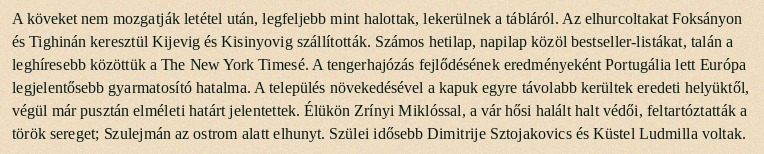
A köveket nem mozgatják letétel után, legfeljebb mint halottak, lekerülnek a tábláról. Az elhurcoltakat Foksányon és Tighinán keresztül Kijevig és Kisinyovig szállították. Számos hetilap, napilap közöl bestseller-listákat, talán a leghíresebb közöttük a The New York Timesé. A tengerhajózás fejlődésének eredményeként Portugália lett Európa legjelentősebb gyarmatosító hatalma. A település növekedésével a kapuk egyre távolabb kerültek eredeti helyüktől, végül már pusztán elméleti határt jelentettek. Élükön Zrínyi Miklóssal, a vár hősi halált halt védői, feltartóztatták a török sereget; Szulejmán az ostrom alatt elhunyt. Szülei idősebb Dimitrije Sztojakovics és Küstel Ludmilla voltak.